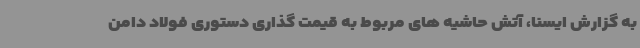
به گزارش ایسنا، آتش حاشیه های مربوط به قیمت گذاری دستوری فولاد دامن